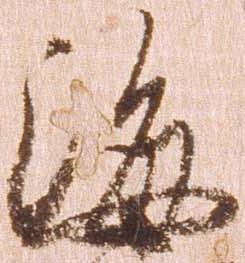
海